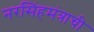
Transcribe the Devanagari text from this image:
नरसिंहमंत्राची